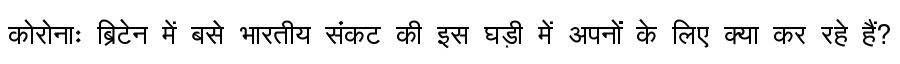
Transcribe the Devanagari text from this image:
कोरोनाः ब्रिटेन में बसे भारतीय संकट की इस घड़ी में अपनों के लिए क्या कर रहे हैं?